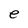
Character: e